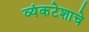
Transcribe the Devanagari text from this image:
व्यंकटेशाचे